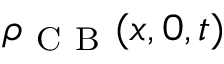
\rho _ { \mathrm { ~ C ~ B ~ } } ( x , 0 , t )